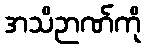
အသိဉာဏ်ကို